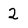
Character: 2